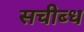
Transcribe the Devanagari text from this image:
सचीब्ध